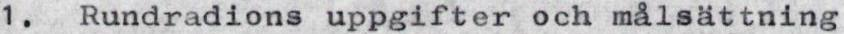
1. Rundradions uppgifter och målsättning